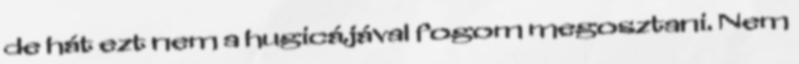
de hát ezt nem a hugicájával fogom megosztani. Nem